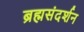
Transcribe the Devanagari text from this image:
ब्रह्मसंदर्शन